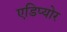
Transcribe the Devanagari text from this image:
एडिप्योर